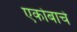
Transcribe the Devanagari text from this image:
एकोबाचे